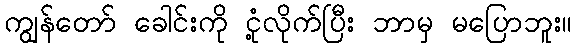
ကျွန်တော် ခေါင်းကို ငုံ့လိုက်ပြီး ဘာမှ မပြောဘူး။